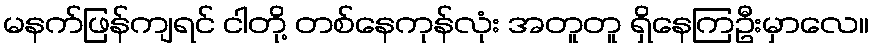
မနက်ဖြန်ကျရင် ငါတို့ တစ်နေကုန်လုံး အတူတူ ရှိနေကြဦးမှာလေ။